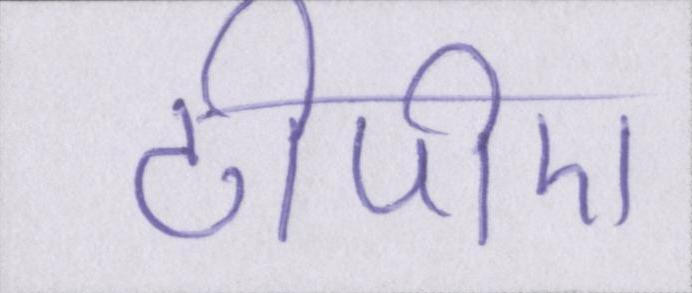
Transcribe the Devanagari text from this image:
टीपीए